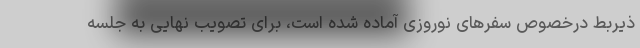
ذیربط درخصوص سفرهای نوروزی آماده شده است، برای تصویب نهایی به جلسه